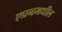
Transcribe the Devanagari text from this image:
एप्रनमधील